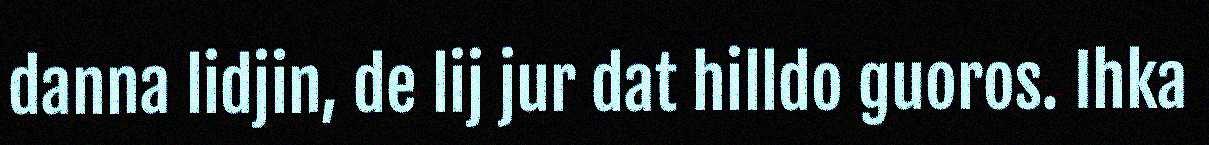
danna lidjin, de lij jur dat hilldo guoros. Ihka